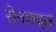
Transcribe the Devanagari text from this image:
रोनाल्ड्स